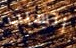
أتسبب